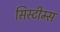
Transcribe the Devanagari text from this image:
सिस्टीम्स